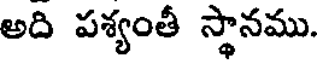
అది పశ్యంతీ స్థానము.